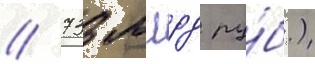
/ 733 млрд ру́б.)